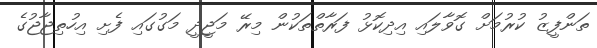
ތަންފީޒު ކުރުމަށް ގޮވާލައި އިދިކޮޅު ފަރާތްތަކުން މިރޭ މަޖީދީ މަގުގައި ފެށި އިހުތިޖާޖުގެ